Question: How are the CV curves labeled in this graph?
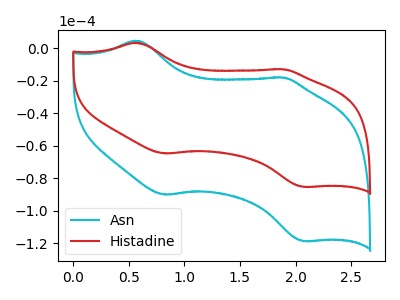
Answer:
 <answer>The cyan curve is labeled "Asn". The red curve is labeled "Histadine".</answer>
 <eval></eval>